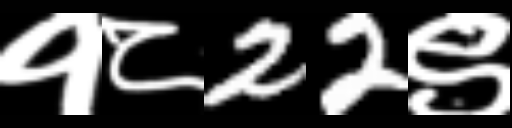
Text: १८22९